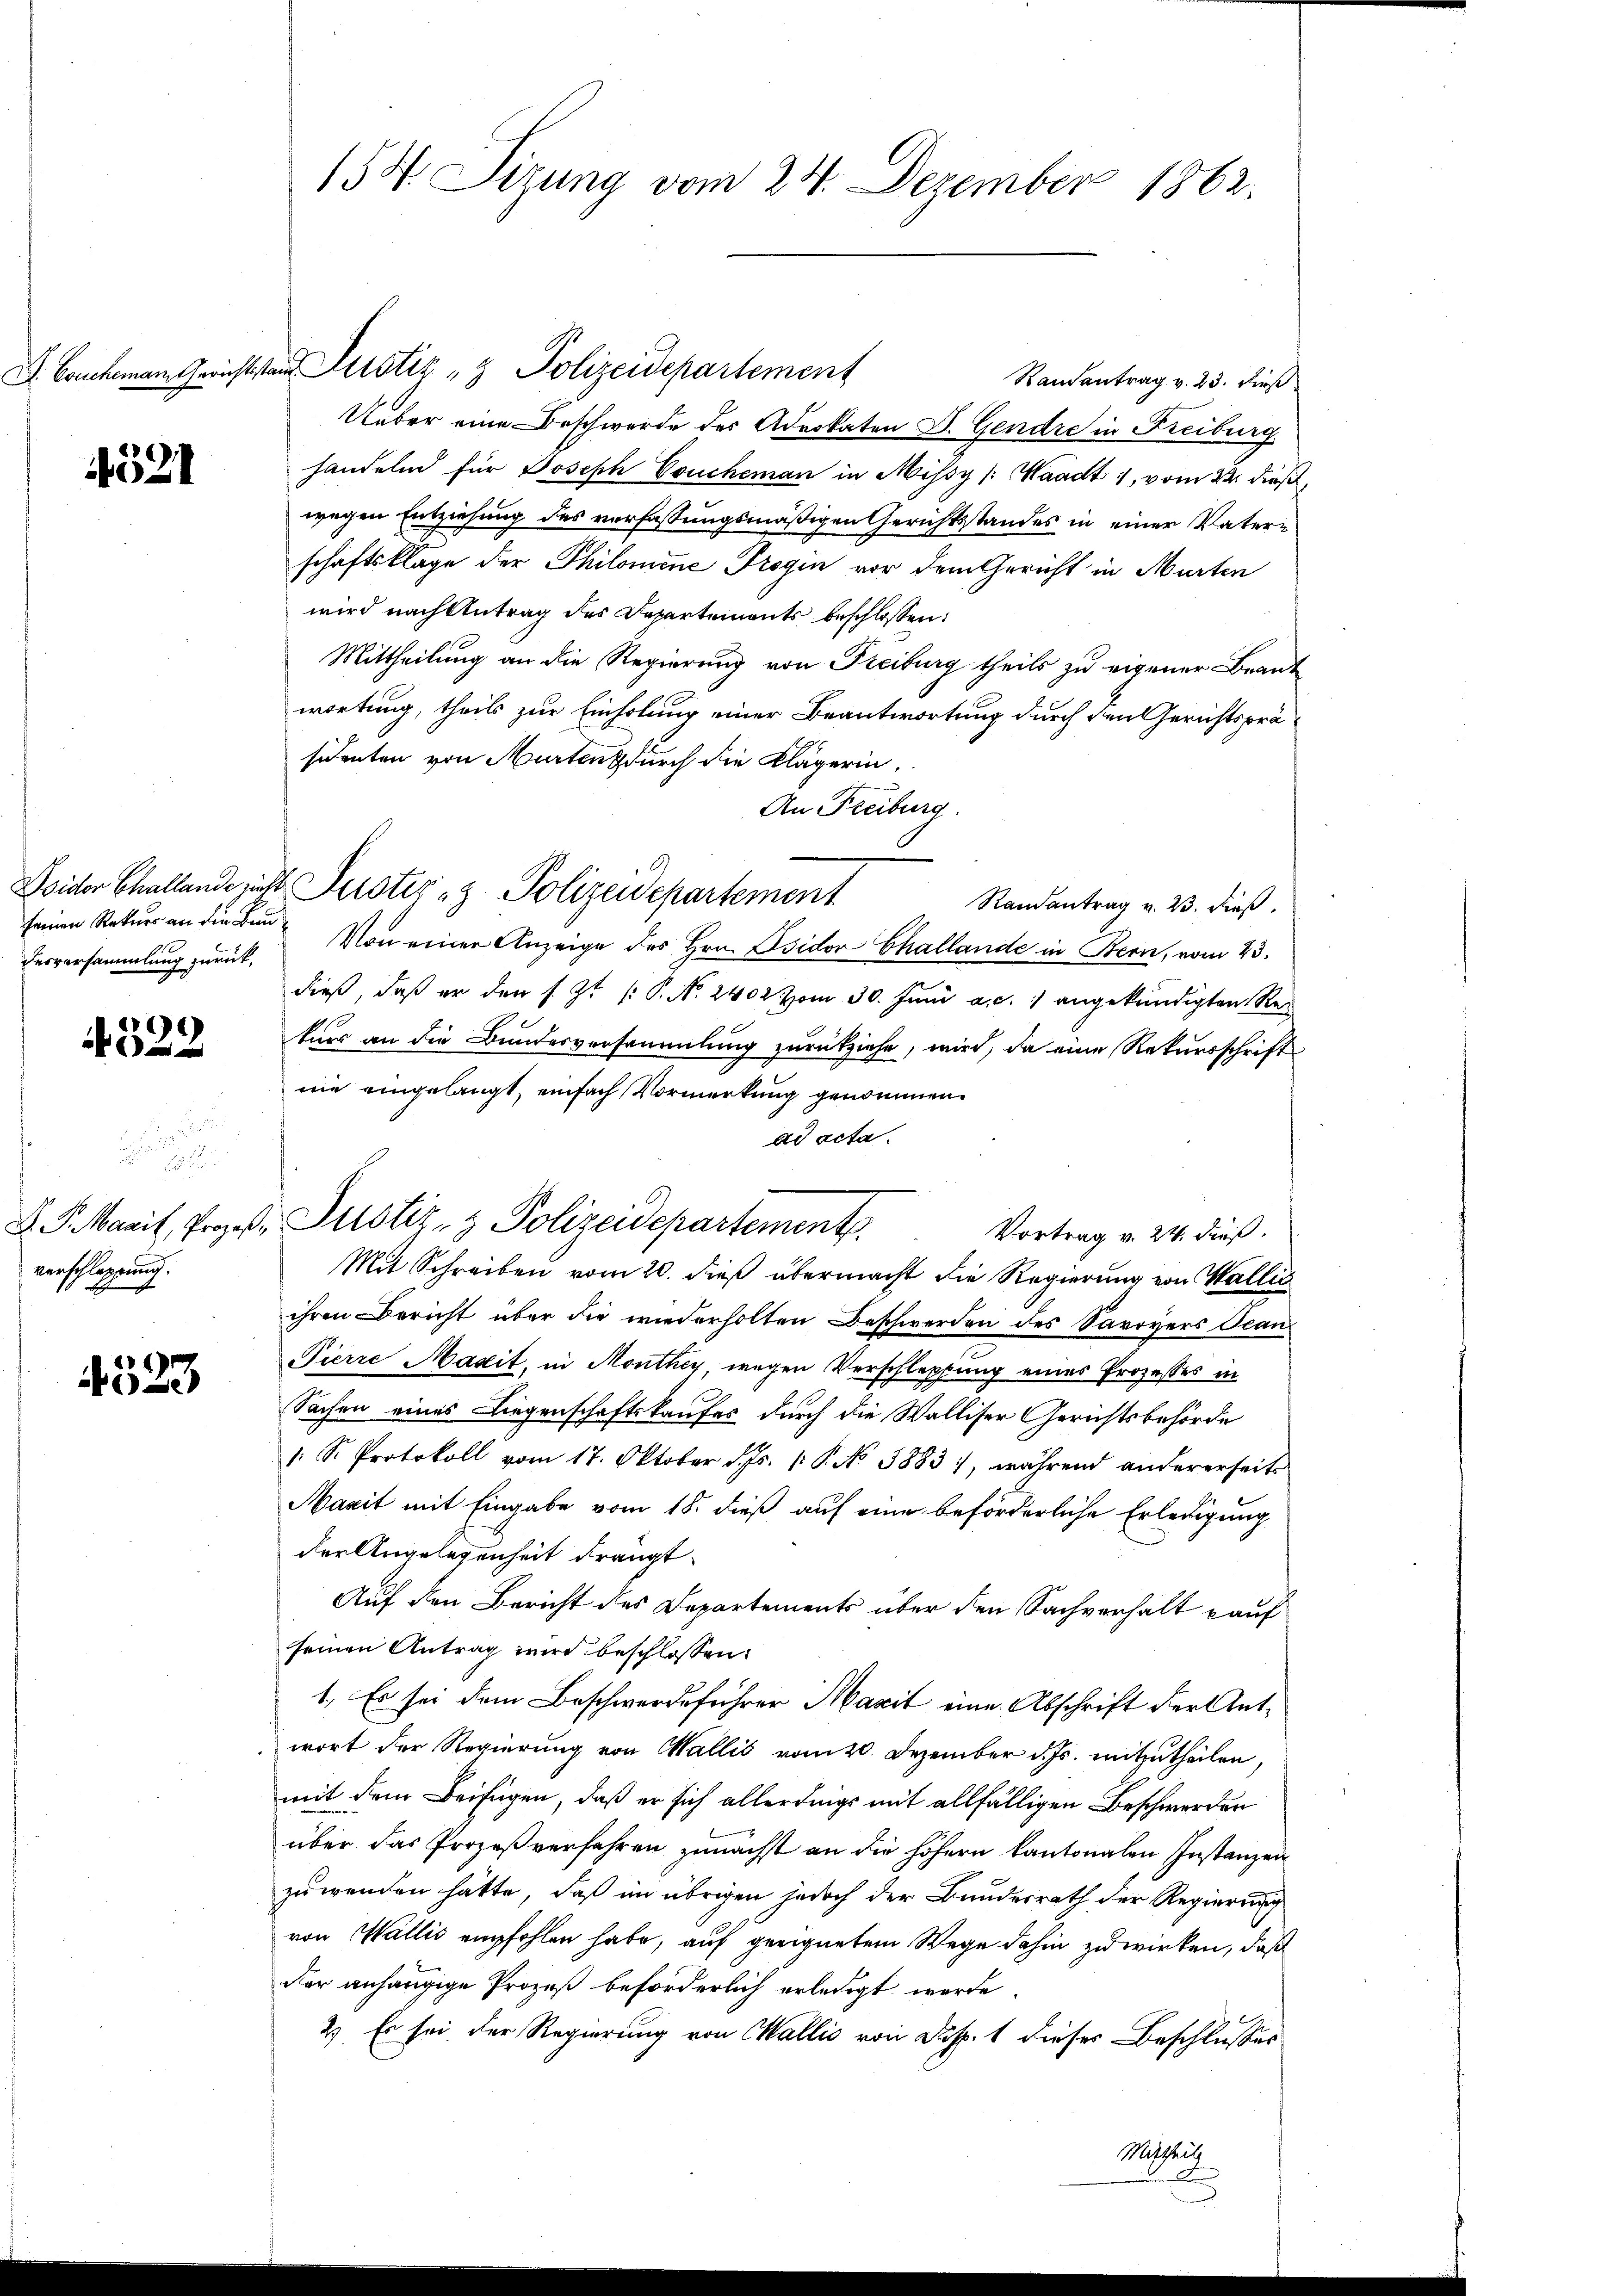
4521

desversammlung zurück,

e
 6) und ein

.

verschleppung.

4523

154 Sizung vom 24. Dezember 1862.

Ramantrag v. 23. Firs
Ueber eine Beschwerde des Advokaten D. Gendre in Freiburg
handelnd für Joseph Coucheman in Missy (Waadt 1, vom 22. dieß,
wegen Entziehung des verfassungsmäßigen Gerichtsstandes in einer Vatern
schaftsklage der Philomine Trogin vor dem Gericht in Murten
wird nach Antrag des Departements beschlossen:
Mittheilung an die Regierung von Freiburg theils zu eigener Beantwortung, theils zur Einholung einer Beantwortung durch den Gerichtspräsidenten von Murten durch die Klägerin,
An Freiburg.
Wider Challande sicht Suster - Polizeidepartement
Randantrag v. 23. dieß
seinen Rekurs an die Bund Von einer Anzeige des Hrn. Isidor Challande in Bern, vom 23.
dieβ, daβ er den s. Zt. /: P. No. 2402 vom 30. Jŭni a. c. 1 angekündigten Re-
kurs an die Bundesversammlung zurückziehe, wird, da eine Rekursschrift
nie eingelangt, einfach Vormerkung genommen.
ad acta.
D. S. Maril, Prozeß Pustiz- & Polizeidepartement.
Vortrag v. 24. dieß.
Mit Schreiben vom 20. dieß übermacht die Regierung von Wallis
ihren Bericht über die wiederholten Beschwerden des Savoyers Ican¬
Pierre Maxit, in Menthey, wegen Verschleppung eines Prozesses in
Sachen eines Liegenschaftskaufes durch die Walliser Gerichtsbehörde
: S. Protokoll vom 17. Oktober d. Js. v. P. No 3883), während andererseits
Mazit mit Eingabe vom 18. dieß auf eine beförderliche Erledigung
der Angelegenheit drängt
Auf den Bericht des Departements über den Sachverhält kauf
seinen Antrag wird beschlossen:
1. Es sei dem Beschwerdeführer Maxit eine Abschrift der Antwort der Regierung von Wallis vom 20. Dezember d. Js. mitzutheilen,
mit dem Beifügen, daß er sich allerdings mit allfälligen Beschwerden
über das Prozeßverfahren zunächst an die höhern kantonalen Instanzen
zuwenden hätte, daß im übrigen jedoch der Bundesrath der Regierung
von Wallis empfohlen habe, auf geeignetem Wege dahin zuwirken, daß
der anhängige Prozeß beförderlich erledigt werde.
2) Es sei der Regierung von Wallis von Disp. 1 dieser Beschlusses
Wichtig

D. Concheman Gerichtstan Justiz & Polizeidepartement